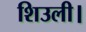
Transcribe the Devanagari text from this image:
शिउली।